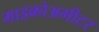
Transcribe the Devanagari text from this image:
माइक्रोअमीटर